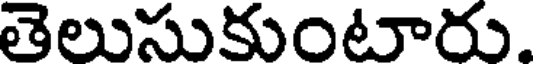
తెలుసుకుంటారు.